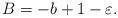
LaTeX: \begin{align*} B = -b+1-\varepsilon.\end{align*}